Civil Veterinary Dept. Bombay admin report 1914-1922 - 1914-1922
Year: 1914
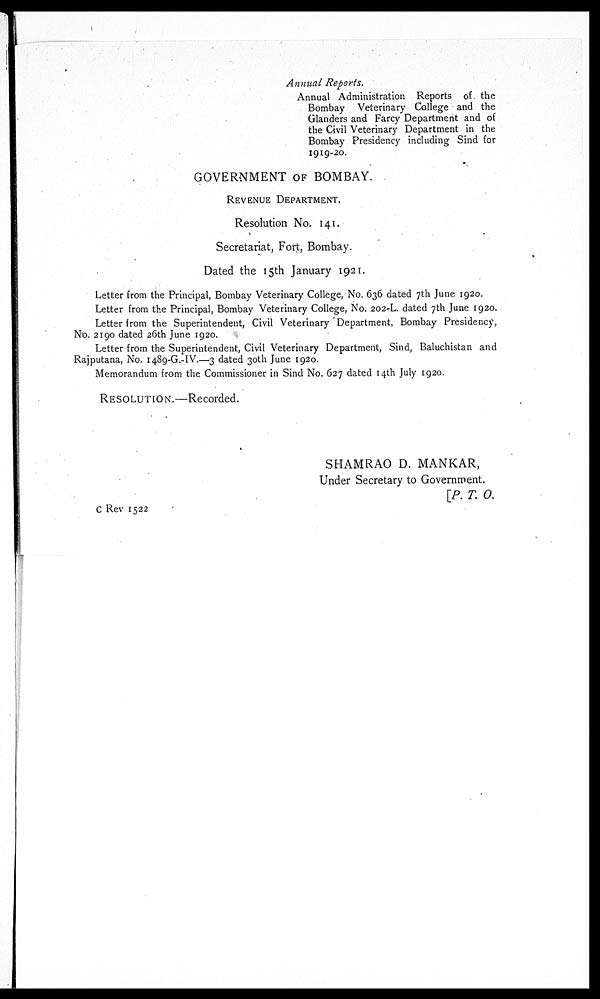
Annual Reports.
Annual Administration Reports of the
Bombay Veterinary College and the
Glanders and Farcy Department and of
the Civil Veterinary Department in the
Bombay Presidency including Sind for
1919-20.
GOVERNMENT OF BOMBAY.
REVENUE DEPARTMENT.
Resolution No. 141.
Secretariat, Fort, Bombay.
Dated the 15th January 1921.
Letter from the Principal, Bombay Veterinary College, No. 636 dated 7th June 1920.
Letter from the Principal, Bombay Veterinary College, No. 202-L. dated 7th June 1920.
Letter from the Superintendent, Civil Veterinary Department, Bombay Presidency,
No. 2190 dated 26th June 1920.
Letter from the Superintendent, Civil Veterinary Department, Sind, Baluchistan and
Rajputana, No. 1489-G.-IV.—3 dated 30th June 1920.
Memorandum from the Commissioner in Sind No. 627 dated 14th July 1920.
RESOLUTION.—Recorded.
SHAMRAO D. MANKAR,
Under Secretary to Government.
[P. T. O.
C Rev 1522